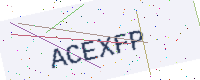
Text: ACEXFP